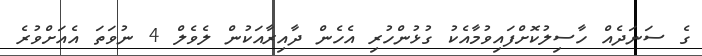
ގެ ސަނަދެއް ހާސިލުކޮށްފައިވުމާއެކު ގުޅުންހުރި އެހެން ދާއިރާއަކުން ލެވެލް 4 ނުވަތަ އެއަށްވުރެ